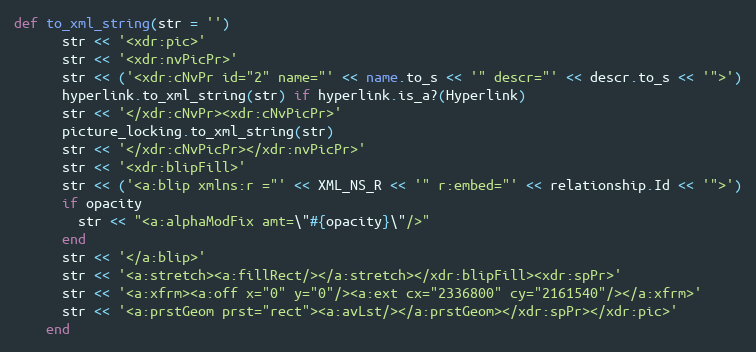
Language: Ruby
def to_xml_string(str = '')
      str << '<xdr:pic>'
      str << '<xdr:nvPicPr>'
      str << ('<xdr:cNvPr id="2" name="' << name.to_s << '" descr="' << descr.to_s << '">')
      hyperlink.to_xml_string(str) if hyperlink.is_a?(Hyperlink)
      str << '</xdr:cNvPr><xdr:cNvPicPr>'
      picture_locking.to_xml_string(str)
      str << '</xdr:cNvPicPr></xdr:nvPicPr>'
      str << '<xdr:blipFill>'
      str << ('<a:blip xmlns:r ="' << XML_NS_R << '" r:embed="' << relationship.Id << '">')
      if opacity
        str << "<a:alphaModFix amt=\"#{opacity}\"/>"
      end
      str << '</a:blip>'
      str << '<a:stretch><a:fillRect/></a:stretch></xdr:blipFill><xdr:spPr>'
      str << '<a:xfrm><a:off x="0" y="0"/><a:ext cx="2336800" cy="2161540"/></a:xfrm>'
      str << '<a:prstGeom prst="rect"><a:avLst/></a:prstGeom></xdr:spPr></xdr:pic>'
    end